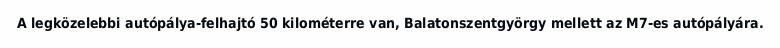
A legközelebbi autópálya-felhajtó 50 kilométerre van, Balatonszentgyörgy mellett az M7-es autópályára.